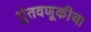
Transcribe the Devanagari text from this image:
गुंतवणूकीचा